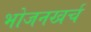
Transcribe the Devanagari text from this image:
भोजनखर्च